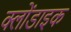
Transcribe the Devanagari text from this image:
क्लोंडाइक